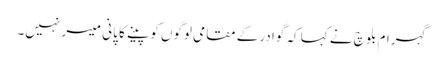
گہرام بلوچ نے کہا کہ گوادر کے مقامی لوگوں کو پینے کا پانی میسر نہیں۔